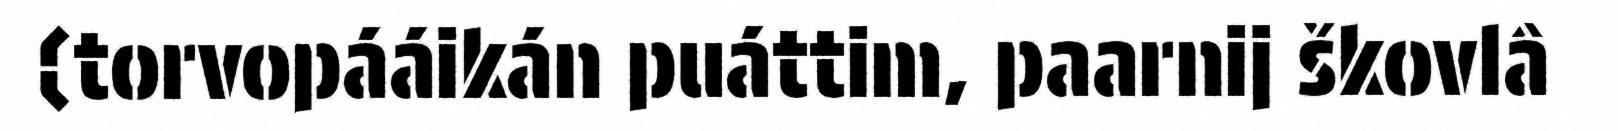
(torvopááikán puáttim, paarnij škovlâ